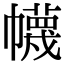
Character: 幭